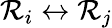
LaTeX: \mathcal{R}_{i}\leftrightarrow\mathcal{R}_{j}